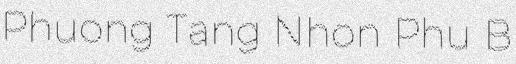
Phuong Tang Nhon Phu B